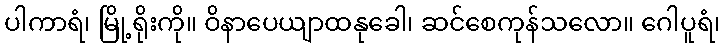
ပါကာရံ၊ မြို့ရိုးကို။ ဝိနာပေယျာထနုခေါ၊ ဆင်စေကုန်သလော။ ဂေါပူရံ၊